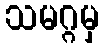
သမဂ္ဂမှ